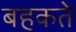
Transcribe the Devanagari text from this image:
बहकते